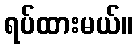
ရပ်ထားမယ်။